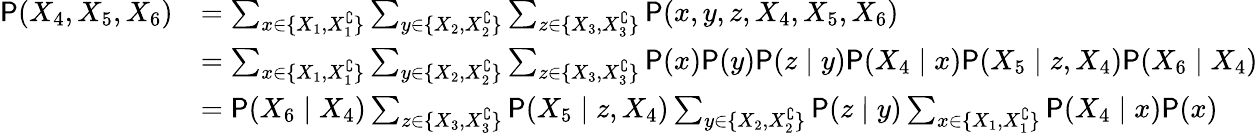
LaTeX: \begin{array}{rl}{\mathsf P(X_{4},X_{5},X_{6})}&{=\sum_{x\in\{ X_{1},X_{1}^{\complement}\} }\sum_{y\in\{ X_{2},X_{2}^{\complement}\} }\sum_{z\in\{ X_{3},X_{3}^{\complement}\} }\mathsf P(x,y,z,X_{4},X_{5},X_{6})}\\ &{=\sum_{x\in\{ X_{1},X_{1}^{\complement}\} }\sum_{y\in\{ X_{2},X_{2}^{\complement}\} }\sum_{z\in\{ X_{3},X_{3}^{\complement}\} }\mathsf P(x)\mathsf P(y)\mathsf P(z\mid y)\mathsf P(X_{4}\mid x)\mathsf P(X_{5}\mid z,X_{4})\mathsf P(X_{6}\mid X_{4})}\\ &{=\mathsf P(X_{6}\mid X_{4})\sum_{z\in\{ X_{3},X_{3}^{\complement}\} }\mathsf P(X_{5}\mid z,X_{4})\sum_{y\in\{ X_{2},X_{2}^{\complement}\} }\mathsf P(z\mid y)\sum_{x\in\{ X_{1},X_{1}^{\complement}\} }\mathsf P(X_{4}\mid x)\mathsf P(x)}\end{array}